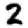
Digit: 2